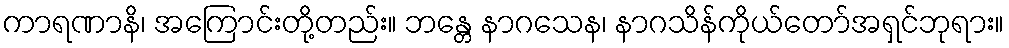
ကာရဏာနိ၊ အကြောင်းတို့တည်း။ ဘန္တေ နာဂသေန၊ နာဂသိန်ကိုယ်တော်အရှင်ဘုရား။